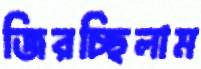
জিরচ্ছিলাম